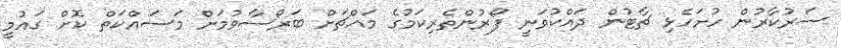
ސަރުކާރުން ހުށަހެޅި ޗާޓުން ދައްކުވަނީ ފޯރުންތެރިކަމުގެ މައްޗަށް ބަރޯސާވުމަށް މަސައްކަތް ކޮށް ގައުމީ